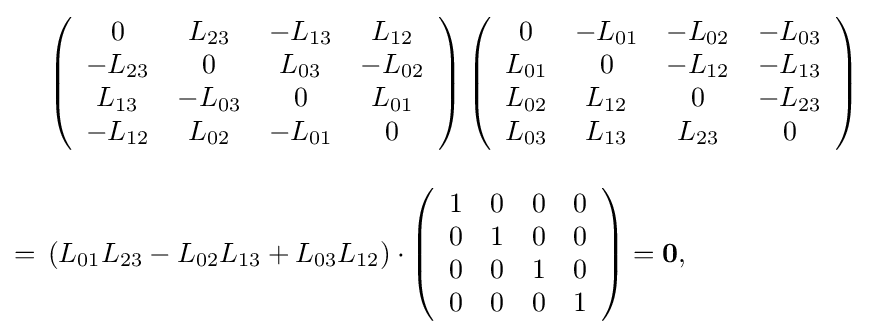
{\begin{aligned}&\left({\begin{array}{cccc}0&L_{23}&-L_{13}&L_{12}\\-L_{23}&0&L_{03}&-L_{02}\\L_{13}&-L_{03}&0&L_{01}\\-L_{12}&L_{02}&-L_{01}&0\end{array}}\right)\left({\begin{array}{cccc}0&-L_{01}&-L_{02}&-L_{03}\\L_{01}&0&-L_{12}&-L_{13}\\L_{02}&L_{12}&0&-L_{23}\\L_{03}&L_{13}&L_{23}&0\end{array}}\right)\\[10pt]={}&\left(L_{01}L_{23}-L_{02}L_{13}+L_{03}L_{12}\right)\cdot \left({\begin{array}{cccc}1&0&0&0\\0&1&0&0\\0&0&1&0\\0&0&0&1\end{array}}\right)=\mathbf {0} ,\end{aligned}}